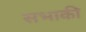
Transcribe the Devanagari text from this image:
सभाकी